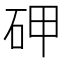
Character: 𥑐